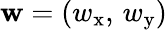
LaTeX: \mathbf{w}=(w_{\mathrm{x}},\, w_{\mathrm{y}})